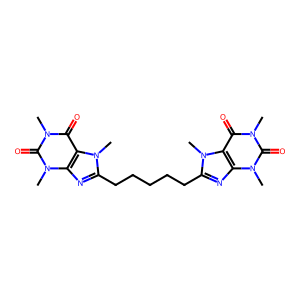
SMILES: Cn1c(=O)c2c(nc(CCCCCc3nc4c(c(=O)n(C)c(=O)n4C)n3C)n2C)n(C)c1=O
Inhibits HIV replication: No